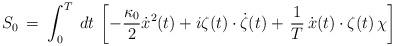
LaTeX: \begin{align*}S_0 \> = \> \int_0^T \> dt \>\left [-\frac{\kappa_0}{2} \dot{x}^2(t) + i \zeta(t) \cdot \dot \zeta(t) +\,\frac{1}{T} \,\dot x(t) \cdot \zeta(t) \, \chi \right ]\end{align*}